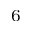
^ 6